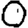
Digit: 0